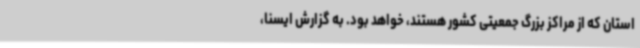
استان که از مراکز بزرگ جمعیتی کشور هستند، خواهد بود. به گزارش ایسنا،